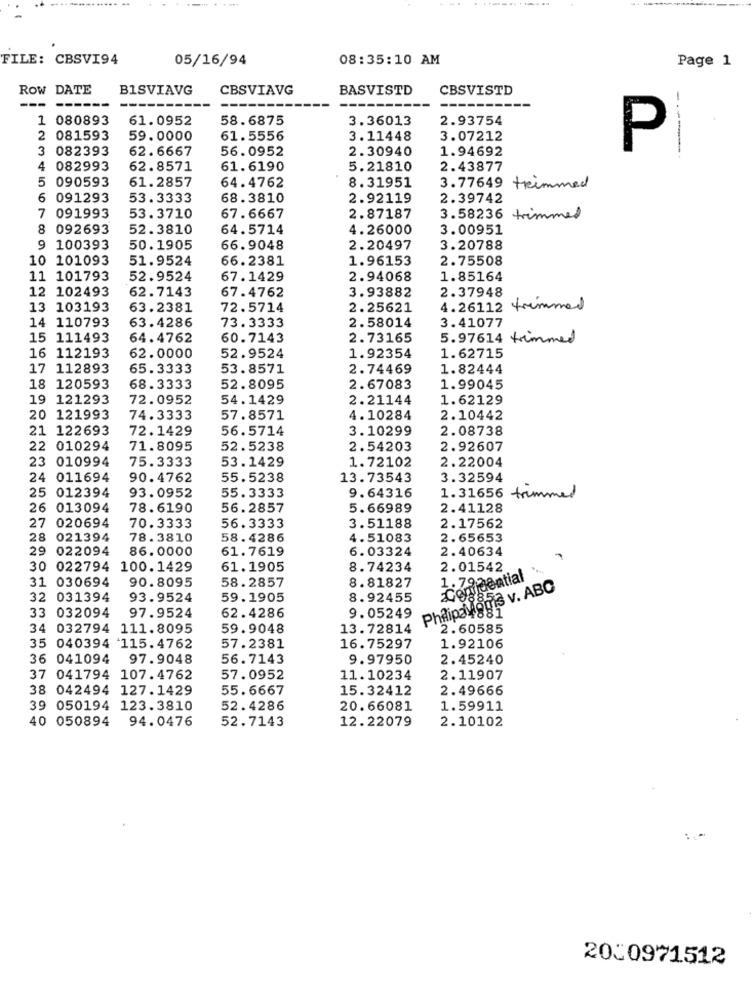
FILE: CBSVI94
05/16/94
08:35:10 AM
Page 1
ROW DATE
BISVIAVG
CBSVIAVG
BASVISTD
CBSVISTD
-.
-
1 080893
61.0952
58.6875
3.36013
2.93754
2
081593
59.0000
61.5556
3.11448
3.07212
3 082393
62.6667
56.0952
2.30940
1.94692
P
4 082993
62.8571
61.6190
5.21810
2.43877
5
090593
61.2857
64.4762
8.31951
3.77649 trimmed
6
091293
53.3333
68.3810
2.92119
2.39742
7
091993
53.3710
67.6667
2.87187
3.58236 trimmed
8 092693
52.3810
64.5714
4.26000
3.00951
9 100393
50.1905
66.9048
2.20497
3.20788
10 101093
51.9524
66.2381
1.96153
2.75508
11 101793
52.9524
67.1429
2.94068
1.85164
12 102493
62.7143
67.4762
2.37948
3.93882
13 103193
63.2381
72.5714
2.25621
4.26112
trimmed
14 110793
63.4286
2.58014
73.3333
3.41077
15 111493
64.4762
60.7143
2.73165
5.97614 trimmed
16 112193
62.0000
52.9524
1.92354
1.62715
17 112893
65.3333
53.8571
2.74469
1.82444
18 120593
68.3333
52.8095
2.67083
1.99045
19 121293
72.0952
54.1429
2.21144
1.62129
20 121993
74.3333
57.8571
4.10284
2.10442
21 122693
72.1429
56.5714
3.10299
2.08738
2 010294
71.8095
52.5238
2.54203
2.92607
23
010994
75.3333
53.1429
1.72102
2.22004
24
011694
90.4762
55.5238
13.73543
3.32594
25 012394
93.0952
55.3333
9.64316
1.31656 trimmed
26 013094
78.6190
56.2857
5.66989
2.41128
27
020694
70.3333
56.3333
3.51188
2.17562
28 021394
78.3810
58.4286
4.51083
2.65653
29 022094
86.0000
61.7619
6.03324
2.40634
30 022794
100.1429
61.1905
8.74234
2.01542
31 030694
90.8095
58.2857
8.81827
1.792ential
Penis v. ABC
32 031394
93.9524
59.1905
8.92455
com
PhRipa¥881
33 032094
97.9524
62.4286
9.05249
34 032794 111.8095
59.9048
13.72814
2.60585
35 040394 115.4762
57.2381
16.75297
1.92106
36 041094
97.9048
56.7143
9.97950
2.45240
37 041794 107.4762
57.0952
11.10234
2.11907
38 042494 127.1429
55.6667
15.32412
2.49666
39 050194 123.3810
52.4286
20.66081
1.59911
40 050894
94.0476
52.7143
12.22079
2.10102
2010971512